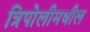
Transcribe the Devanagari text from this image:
त्रिपोलीमधील